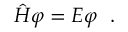
\hat { H } \varphi = E \varphi \ \ .